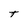
Character: t